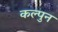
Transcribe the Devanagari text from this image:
कल्पुन